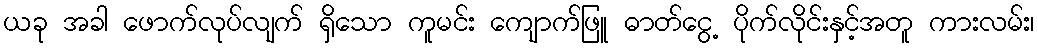
ယခု အခါ ဖောက်လုပ်လျက် ရှိသော ကူမင်း ကျောက်ဖြူ ဓာတ်ငွေ့ ပိုက်လိုင်းနှင့်အတူ ကားလမ်း၊